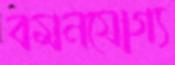
বমনযোগ্য